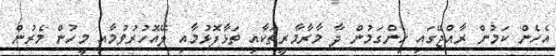
އެހެން ކަމުން ރާއްޖޭގައި ހިންގަމުން ދާ މާރާމާރީތަކާއި ތަޅާފޮޅުމާއި ލޭއޮހުރުވުމާއި މީހުން މެރުން